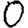
Digit: 0